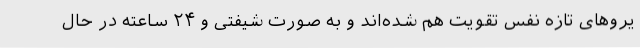
یروهای تازه نفس تقویت هم شده‌اند و به صورت شیفتی و ۲۴ ساعته در حال